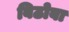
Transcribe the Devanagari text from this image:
बिठोबा